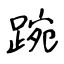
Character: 踠